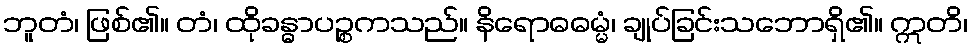
ဘူတံ၊ ဖြစ်၏။ တံ၊ ထိုခန္ဓာပဉ္စကသည်။ နိရောဓဓမ္မံ၊ ချုပ်ခြင်းသဘောရှိ၏။ ဣတိ၊